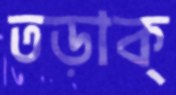
তড়াক্‌